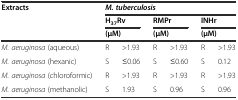
| <ROWSPAN=3> Extracts | <COLSPAN=6> M. tuberculosis |
 | <COLSPAN=2> H37Rv | <COLSPAN=2> RMPr | <COLSPAN=2> INHr |
 | <COLSPAN=2> (μM) | <COLSPAN=2> (μM) | <COLSPAN=2> (μM) |
 | --- | --- | --- | --- | --- | --- | --- |
 | M. aeruginosa (aqueous) | R | >1.93 | R | >1.93 | R | >1.93 |
 | M. aeruginosa (hexanic) | S | ≤0.06 | S | ≤0.60 | S | 0.12 |
 | M. aeruginosa (chloroformic) | R | >1.93 | R | >1.93 | R | >1.93 |
 | M. aeruginosa (methanolic) | S | 1.93 | S | 0.96 | S | 0.96 |